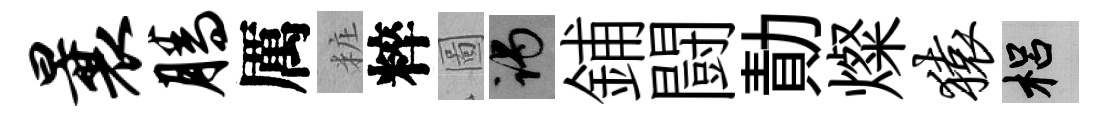
曩腾厲粧粹圖谒鋪闘勣燦猿梠